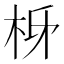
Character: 𭩩